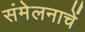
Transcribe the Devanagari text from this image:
संमेलनाचें